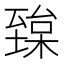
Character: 𦥅